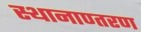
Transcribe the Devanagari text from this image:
स्थानाण्तरण